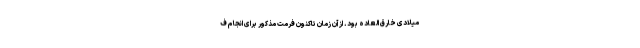
میلادی خارق العاده بود. از آن زمان تاکنون فرمت مذکور برای انجام ف